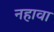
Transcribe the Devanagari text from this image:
नहावा